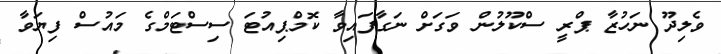
ވެލިދޫ ނަހުޒާ ޕްރީ ސްކޫލުން ވަގަށް ނަގާފައިވާ ކޮމްޕިއުޓަ ސިސްޓަމްގެ މައުސް ފިޔަވާ